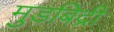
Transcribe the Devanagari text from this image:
मुडबिद्री